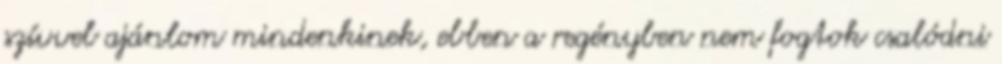
szívvel ajánlom mindenkinek, ebben a regényben nem fogtok csalódni